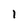
Character: 1